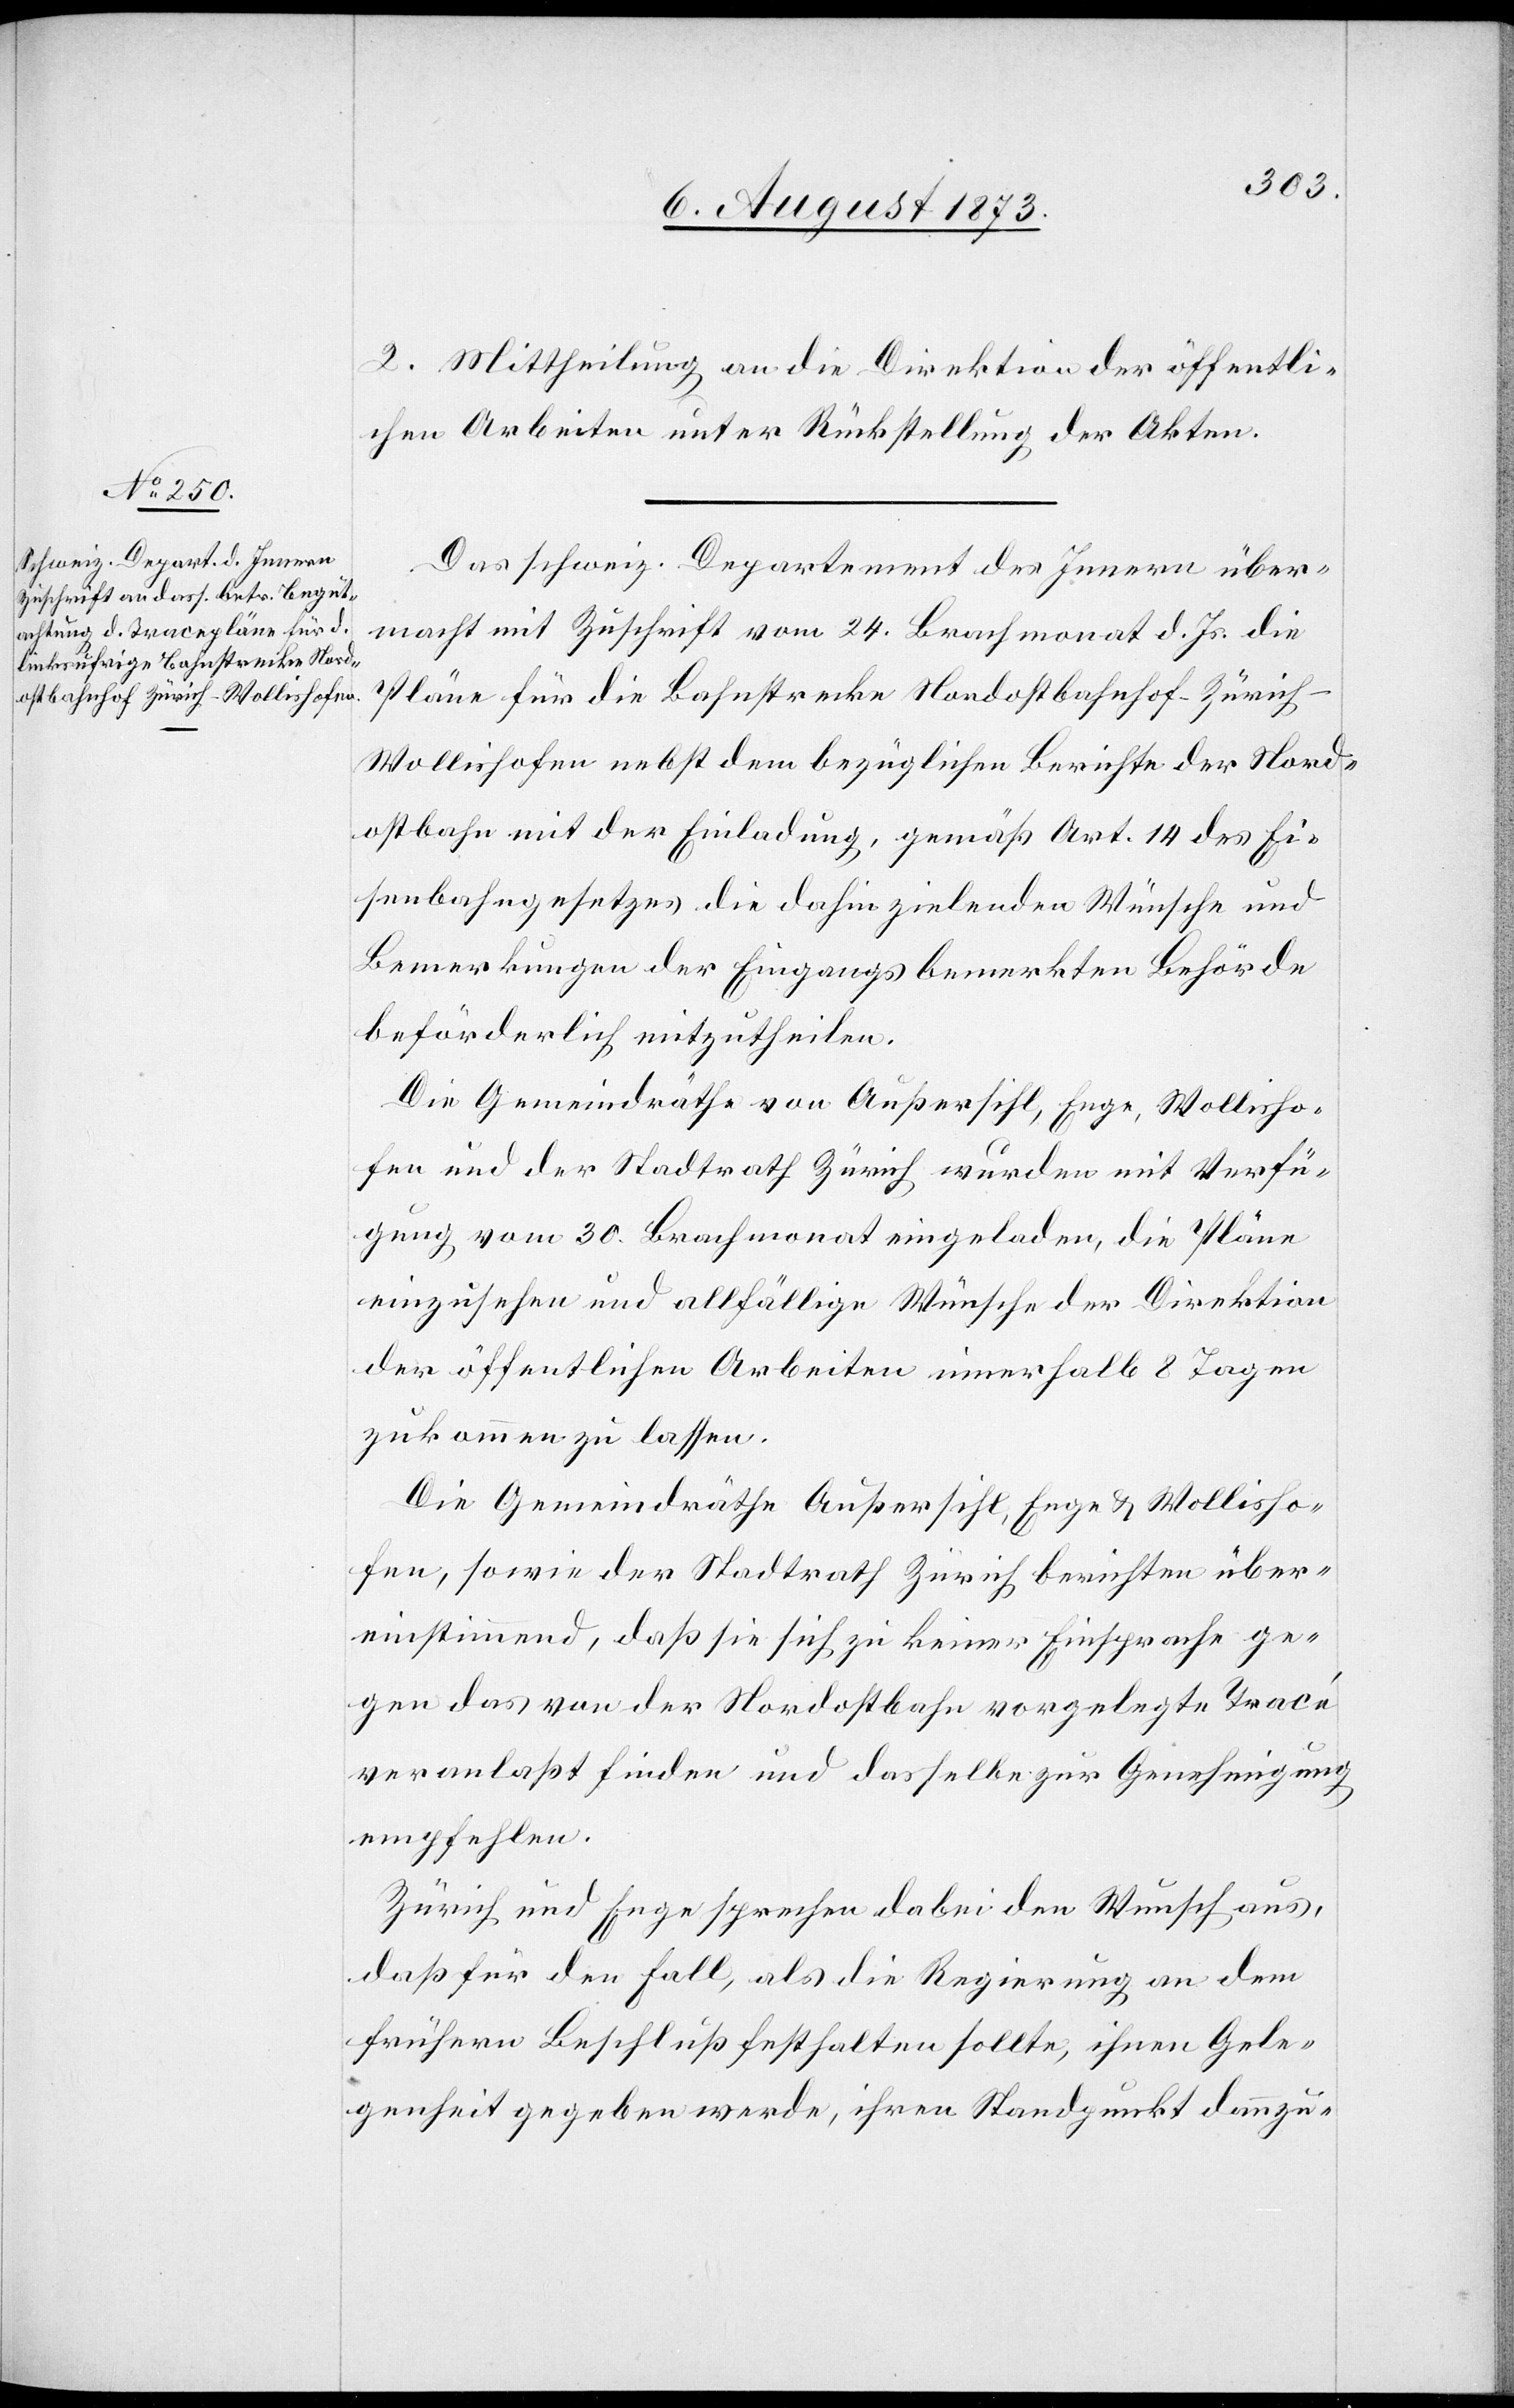
2. Mittheilung an die Direktion der öffentli¬
chen Arbeiten unter Rückstellung der Akten.
Das schweiz. Departement des Innern über¬
macht mit Zuschrift vom 24. Brachmonat d. Js. die
Pläne für die Bahnstrecke Nordostbahnhof-Zürich–W¬
ollishofen nebst dem bezüglichen Berichte der Nord¬
ostbahn mit der Einladung, gemäß Art. 14 des Ei¬
senbahngesetzes die dahin zielenden Wünsche und
Bemerkungen der Eingangs bemerkten Behörde
beförderlich mitzutheilen.
Die Gemeindräthe von Außersihl, Enge, Wollisho¬
fen und der Stadtrath Zürich wurden mit Verfü¬
gung vom 30. Brachmonat eingeladen, die Pläne
einzusehen und allfällige Wünsche der Direktion
der öffentlichen Arbeiten innerhalb 8 Tagen
zukommen zu lassen.
Die Gemeindräthe Außersihl, Enge & Wollisho¬
fen, sowie der Stadtrath Zürich berichten über¬
einstimmend, daß sie sich zu keiner Einsprache ge¬
gen das von der Nordostbahn vorgelegte Tracé
veranlaßt finden und dasselbe zur Genehmigung
empfehlen.
Zürich und Enge sprechen dabei den Wunsch aus,
daß für den Fall, als die Regierung an dem
frühern Beschluß festhalten sollte, ihnen Gele¬
genheit gegeben werde, ihren Standpunkt dannzu-